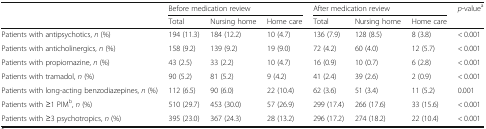
<table><thead><tr><td rowspan="2"></td><td colspan="3"><b>Before medication review</b></td><td colspan="3"><b>After medication review</b></td><td rowspan="2"><b><i>p</i>-value<sup>a</sup></b></td></tr><tr><td><b>Total</b></td><td><b>Nursing home</b></td><td><b>Home care</b></td><td><b>Total</b></td><td><b>Nursing home</b></td><td><b>Home care</b></td></tr></thead><tbody><tr><td>Patients with antipsychotics, <i>n</i> (%)</td><td>194 (11.3)</td><td>184 (12.2)</td><td>10 (4.7)</td><td>136 (7.9)</td><td>128 (8.5)</td><td>8 (3.8)</td><td>&lt; 0.001</td></tr><tr><td>Patients with anticholinergics, <i>n</i> (%)</td><td>158 (9.2)</td><td>139 (9.2)</td><td>19 (9.0)</td><td>72 (4.2)</td><td>60 (4.0)</td><td>12 (5.7)</td><td>&lt; 0.001</td></tr><tr><td>Patients with propiomazine, <i>n</i> (%)</td><td>43 (2.5)</td><td>33 (2.2)</td><td>10 (4.7)</td><td>16 (0.9)</td><td>10 (0.7)</td><td>6 (2.8)</td><td>&lt; 0.001</td></tr><tr><td>Patients with tramadol, <i>n</i> (%)</td><td>90 (5.2)</td><td>81 (5.2)</td><td>9 (4.2)</td><td>41 (2.4)</td><td>39 (2.6)</td><td>2 (0.9)</td><td>&lt; 0.001</td></tr><tr><td>Patients with long-acting benzodiazepines, <i>n</i> (%)</td><td>112 (6.5)</td><td>90 (6.0)</td><td>22 (10.4)</td><td>62 (3.6)</td><td>51 (3.4)</td><td>11 (5.2)</td><td>0.001</td></tr><tr><td>Patients with ≥1 PIM<sup>b</sup>, <i>n</i> (%)</td><td>510 (29.7)</td><td>453 (30.0)</td><td>57 (26.9)</td><td>299 (17.4)</td><td>266 (17.6)</td><td>33 (15.6)</td><td>&lt; 0.001</td></tr><tr><td>Patients with ≥3 psychotropics, <i>n</i> (%)</td><td>395 (23.0)</td><td>367 (24.3)</td><td>28 (13.2)</td><td>296 (17.2)</td><td>274 (18.2)</td><td>22 (10.4)</td><td>&lt; 0.001</td></tr></tbody></table>